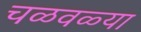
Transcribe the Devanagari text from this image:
चळवळ्या